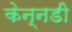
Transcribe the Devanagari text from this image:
केन्नडी